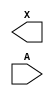
module sky130_fd_sc_lp__dlybuf4s15kapwr (
    X,
    A
);

    output X;
    input  A;

    // Voltage supply signals
    supply1 VPWR ;
    supply0 VGND ;
    supply1 KAPWR;
    supply1 VPB  ;
    supply0 VNB  ;

endmodule